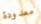
معدودة